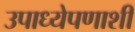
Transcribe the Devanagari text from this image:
उपाध्येपणाशी